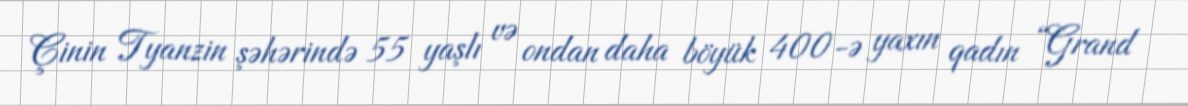
Çinin Tyanzin şəhərində 55 yaşlı və ondan daha böyük 400-ə yaxın qadın “Grand